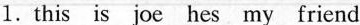
1.this is joe hes my friend